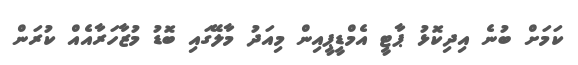
ކަމަށް ބުނެ އިދިކޮޅު ޕާޓީ އެމްޑީޕީއިން މިއަދު މާލޭގައި ބޮޑު މުޒާހަރާއެއް ކުރަން